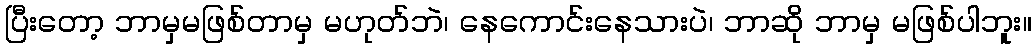
ပြီးတော့ ဘာမှမဖြစ်တာမှ မဟုတ်ဘဲ၊ နေကောင်းနေသားပဲ၊ ဘာဆို ဘာမှ မဖြစ်ပါဘူး။